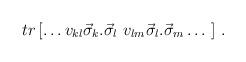
LaTeX: \begin{align*}tr\left[ \ldots v_{kl}\vec{\sigma}_{k}.\vec{\sigma }_{l}~v_{lm}\vec{\sigma}_{l}.\vec{\sigma } _{m}\ldots \ \right]\, .\end{align*}